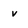
Character: v